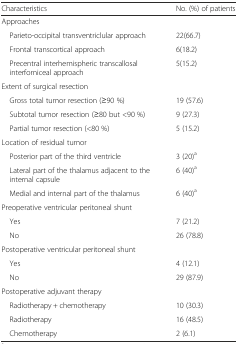
<table><thead><tr><td><b>Characteristics</b></td><td><b>No. (%) of patients</b></td></tr></thead><tbody><tr><td colspan="2">Approaches</td></tr><tr><td> Parieto-occipital transventriclular approach</td><td>22(66.7)</td></tr><tr><td> Frontal transcortical approach</td><td>6(18.2)</td></tr><tr><td> Precentral interhemispheric transcallosal interforniceal approach</td><td>5(15.2)</td></tr><tr><td>Extent of surgical resection</td><td></td></tr><tr><td> Gross total tumor resection (≥90 %)</td><td>19 (57.6)</td></tr><tr><td> Subtotal tumor resection (≥80 but &lt;90 %)</td><td>9 (27.3)</td></tr><tr><td> Partial tumor resection (&lt;80 %)</td><td>5 (15.2)</td></tr><tr><td>Location of residual tumor</td><td></td></tr><tr><td> Posterior part of the third ventricle</td><td>3 (20)<sup>a</sup></td></tr><tr><td> Lateral part of the thalamus adjacent to the internal capsule</td><td>6 (40)<sup>a</sup></td></tr><tr><td> Medial and internal part of the thalamus</td><td>6 (40)<sup>a</sup></td></tr><tr><td>Preoperative ventricular peritoneal shunt</td><td></td></tr><tr><td> Yes</td><td>7 (21.2)</td></tr><tr><td> No</td><td>26 (78.8)</td></tr><tr><td>Postoperative ventricular peritoneal shunt</td><td></td></tr><tr><td> Yes</td><td>4 (12.1)</td></tr><tr><td> No</td><td>29 (87.9)</td></tr><tr><td>Postoperative adjuvant therapy</td><td></td></tr><tr><td> Radiotherapy + chemotherapy</td><td>10 (30.3)</td></tr><tr><td> Radiotherapy</td><td>16 (48.5)</td></tr><tr><td> Chemotherapy</td><td>2 (6.1)</td></tr></tbody></table>